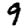
Digit: 9